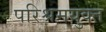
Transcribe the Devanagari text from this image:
परिश्रमयुक्त